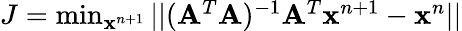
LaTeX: \begin{array}{r}{J=\operatorname*{min}_{\mathbf{x}^{n+1}}||(\mathbf{A}^{T}\mathbf{A})^{-1}\mathbf{A}^{T}\mathbf{x}^{n+1}-\mathbf{x}^{n}||}\end{array}